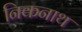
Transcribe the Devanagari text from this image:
निकनाथ